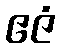
ဧဇံ